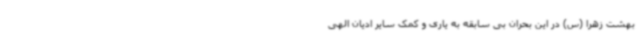
بهشت زهرا (س) در این بحران بی سابقه به یاری و کمک سایر ادیان الهی